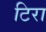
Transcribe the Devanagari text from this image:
टिरा